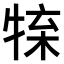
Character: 𤚊